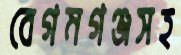
বেগমগঞ্জসহ